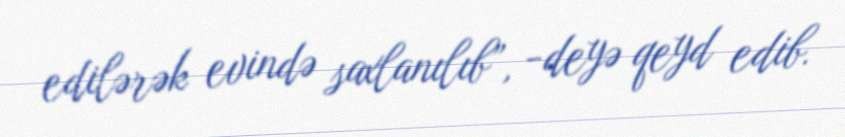
edilərək evində saxlanılıb”, -deyə qeyd edib.